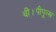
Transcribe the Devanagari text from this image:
थीं।पीपुल्स